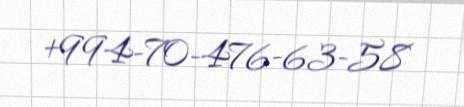
+994-70-476-63-58